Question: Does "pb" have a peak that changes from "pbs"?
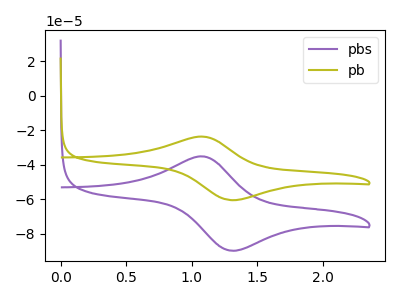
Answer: <think>The purple curve "pbs" has an anodic peak at (1.05V, -35.20uA) and a cathodic peak at (1.30V, -89.95uA). The olive curve "pb" has an anodic peak at (1.05V, -23.75uA) and a cathodic peak at (1.30V, -60.60uA).
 All the peaks in "pb" have a peak in "pbs" at the same potential.</think>
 <answer>No, "pb" and "pbs" don't appear to be significantly different in shape</answer>
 <eval>no_change</eval>